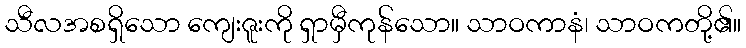
သီလအစရှိသော ကျေးဇူးကို ရှာမှီကုန်သော။ သာဝကာနံ၊ သာဝကတို့၏။